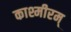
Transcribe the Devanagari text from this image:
काश्मीरम्